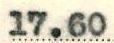
17.60